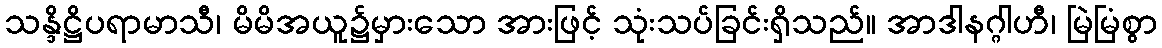
သန္ဒိဋ္ဌိပရာမာသီ၊ မိမိအယူ၌မှားသော အားဖြင့် သုံးသပ်ခြင်းရှိသည်။ အာဒါနဂ္ဂါဟီ၊ မြဲမြံစွာ